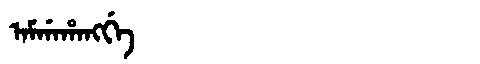
Manchu: ᠠᠮᡤᠠᡥᠠᠩᡤᡝ
Romanization: AMGAHANGGE